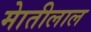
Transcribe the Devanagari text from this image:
माेतीलाल